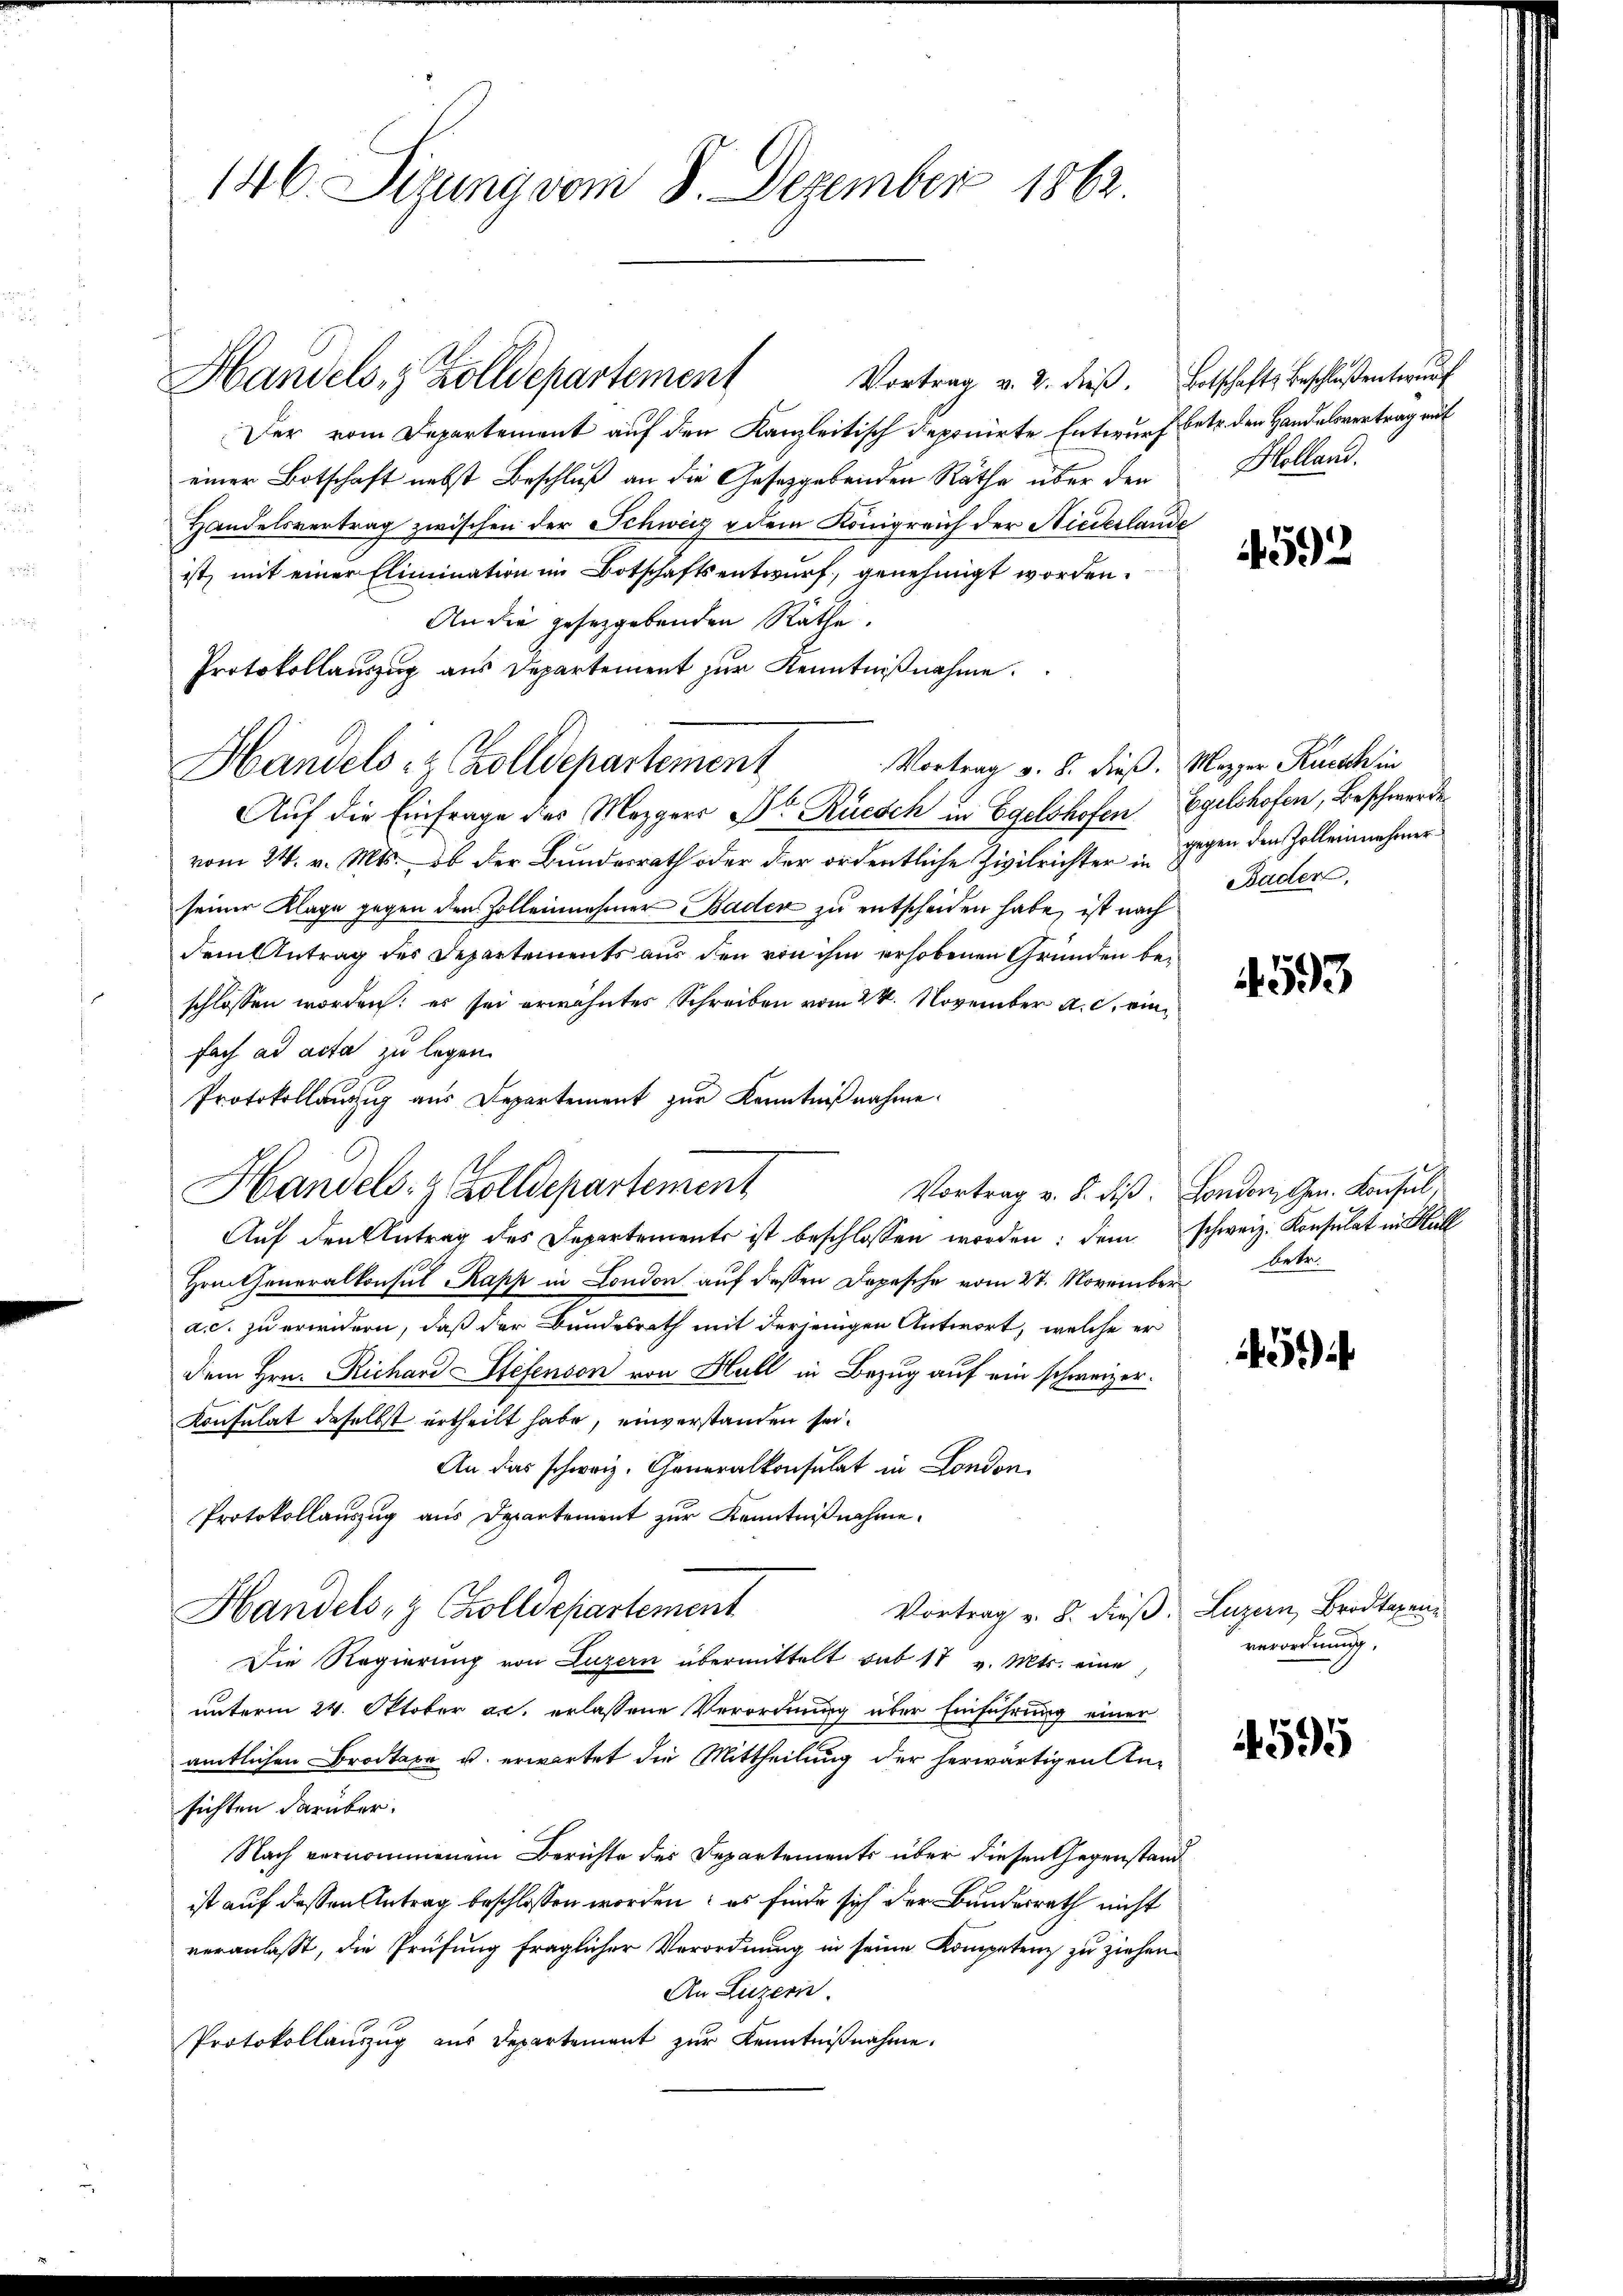
146. Sizung vom 8. Dezember 1862.

Handels- & Zolldepartement
Vortrag v. 2. dieβ. Botschafts Beschlosentwŭrf
Der vom Departement auf den Kanzleitisch deponirte Entwurf betr. den Handelsvertrag auf
einer Botschaft nebst Beschluß an die Gesetzgebenden Räthe über den
Handelsvertrag zwischen der Schweiz dem Königreich der Niederlande
ist, mit einer Elimination im Botschaftsentwurf, genehmigt worden.
An die gesetzgebenden Rathe.
Protokollauszug aus Departement zur Kenntnißnahme.
Vortrag v. 8. dieß, Mezger Ruuth in
Auf die Einfrage des Mezgers Dr. Rüesch in Egelshofen, Egelshofen, Beschwerde
vom 24. v. Mts. ob der Bundesrath oder der ordentliche Zivilrichter in gegen den Zolleinnehmerseiner Klage gegen den Zolleinehmer Baden zu entscheiden habe, ist nach
dem Antrag des Departements aus den von ihm erhobenen Gründen beschlossen worden: es sei erwähntes Schreiben vom 24. November a. c. einfach ad acta zu legen.
Protokollantig aus Departement zur Kenntnißnahme.
Hrn. Generalkonsul Kapp in London auf dessen Depesche vom 27. November
a.c. zu erwidern, daß der Bundesrath mit derjenigen Antwort, welche er
dem Hrn. Richard Stefenson von Hall in Bezug auf ein schweizer.
Konsulat daselbst ertheilt habe, einverstanden sei.
An das schweiz. Generalkonsulat in London
Protokollauszug aus Departement zur Kenntnißnahme.
Vortrag v. 8. dieß. Luzern, Brodtagen
Handels Colldepartement
Die Regierung von Luzern übermittelt sub 17 v. Mts. eine
unterm 24. Oktober a.c. erlassene Verordnung über Einführung einer
amtlichen Brodtabe u. erwartet die Mittheilung der herwärtigen Ansichten darüber.
Nach vernommenem Berichte des Departements über diesen Gegenstand
ist auf dessen Antrag beschlossen worden: es finde sich der Bundesrath nicht
veranlaßt, die Prüfung fraglicher Verordnung in seine Kompetenz zu ziehen.
An Luzern.
Protokollauszug aus Departement zur Kenntnißnahme.

Handels- & Zolldepartement
Auf den Antrag des Departements ist beschlossen worden; dem schweiz. Konsulat in Hult

Handels- & Zolldepartement

Holland.

4592

Baden,

593

Vortrag v. 8. dieß. London, Gen. Konsul,
betr.

5

verordnung.

14595